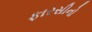
ફારસીનો